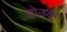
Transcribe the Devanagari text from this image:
ओउड्री